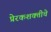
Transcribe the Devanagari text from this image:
प्रेरकशक्तीचे